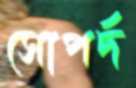
সোপর্দ